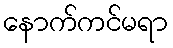
နောက်ကင်မရာ